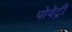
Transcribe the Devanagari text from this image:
पोवेट्री